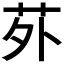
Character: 𫟌